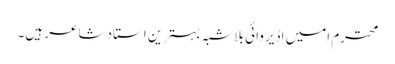
محترم امیں اڈیروائی بلا شبہ بہترین استاد شاعر ہیں۔